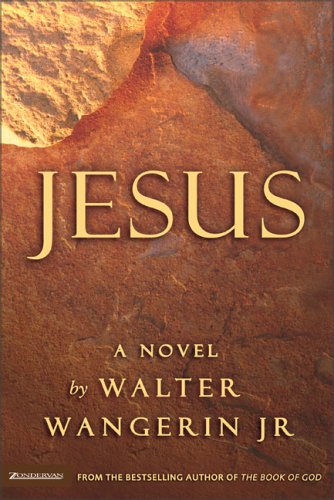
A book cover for Jesus; Walter Wangerin Jr.; Christian Books & Bibles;